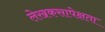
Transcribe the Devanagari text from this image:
लेखकसापेक्षता